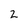
Character: 2